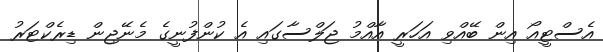
އެސްޓީއޯ އިން ބޭއްވި އަހަރީ އާއްމު ޖަލްސާގައި އެ ކުންފުނީގެ މެނޭޖިން ޑިރެކްޓަރު